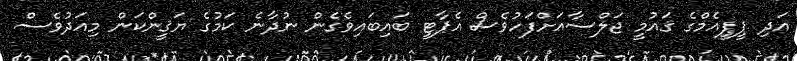
އަދި ޕީޕީއެމްގެ ޤައުމީ ޖަލްސާއަށްފަހުވެސް އެޕާޓީ ބައިބައިވެގެން ނުދާނެ ކަމުގެ ޔަޤީންކަން މިއަދުވެސް